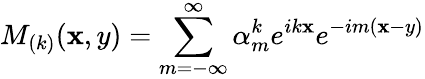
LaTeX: M_{(k)}(\mathbf{x},y)=\sum_{m=-\infty}^{\infty}\alpha_{m}^{k}e^{ik\mathbf{x}}e^{-im(\mathbf{x}-y)}